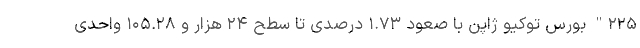
۲۲۵" بورس توکیو ژاپن با صعود ۱.۷۳ درصدی تا سطح ۲۴ هزار و ۱۰۵.۲۸ واحدی